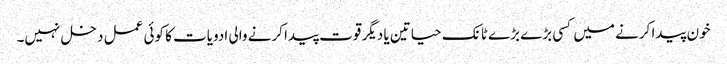
خون پیدا کرنے میں کسی بڑے بڑے ٹانک حیاتین یا دیگر قوت پیدا کرنے والی ادویات کا کوئی عمل دخل نہیں۔